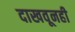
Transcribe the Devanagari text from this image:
दाखवूनही